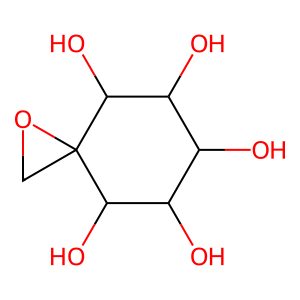
SMILES: OC1C(O)C(O)C2(CO2)C(O)C1O
Inhibits HIV replication: No